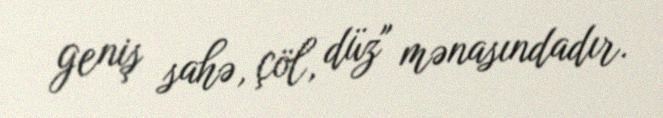
geniş sahə, çöl, düz" mənasındadır.